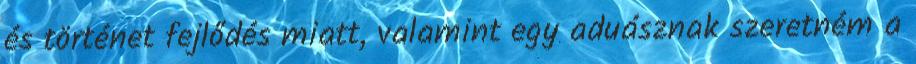
és történet fejlődés miatt, valamint egy aduásznak szeretném a